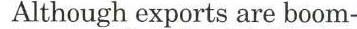
Although exports the boom-